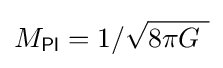
M_{\mathsf {Pl}}=1/{\sqrt {8\pi G\ }}